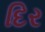
દિર